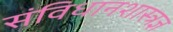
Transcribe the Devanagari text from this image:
संविधानशास्त्रज्ञ